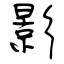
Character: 影